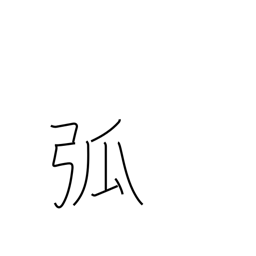
Meaning: arch